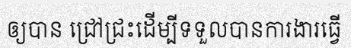
ឲ្យបាន ជ្រៅជ្រះដើម្បីទទួលបានការងារធ្វើ